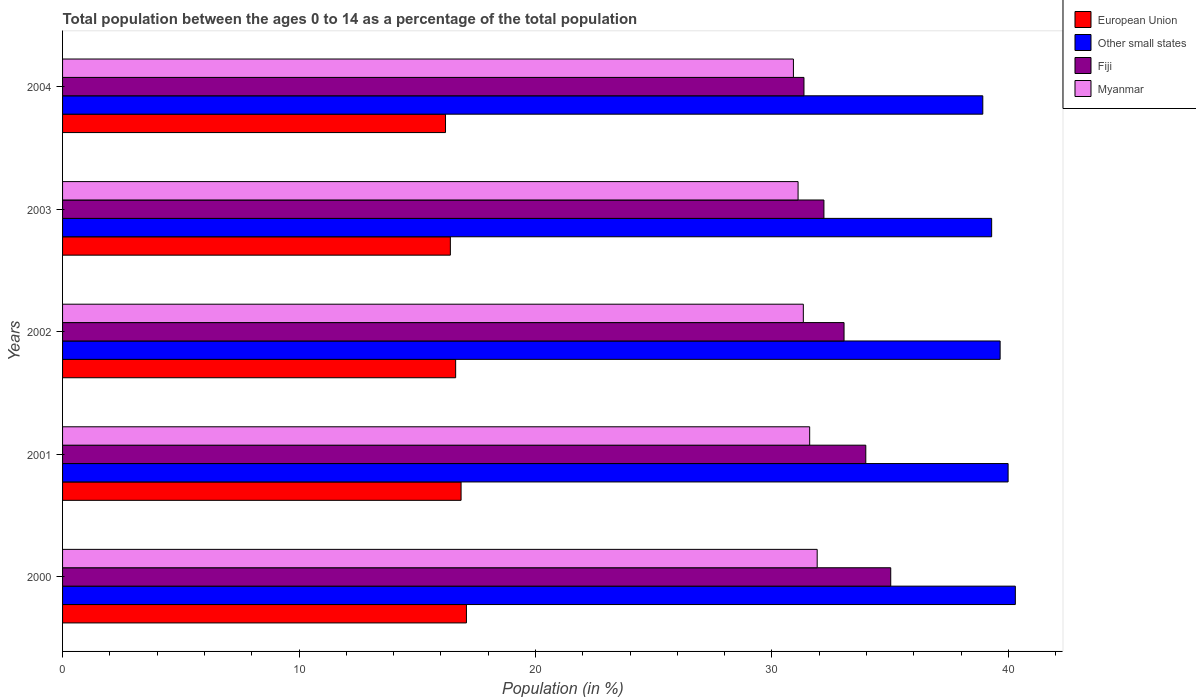
| Years | European Union | Other small states | Fiji | Myanmar |
 | --- | --- | --- | --- | --- |
 | 2000 | 17.1 | 40.3 | 35 | 31.9 |
 | 2001 | 16.9 | 40 | 34 | 31.6 |
 | 2002 | 16.6 | 39.7 | 33.1 | 31.3 |
 | 2003 | 16.4 | 39.3 | 32.2 | 31.1 |
 | 2004 | 16.2 | 38.9 | 31.4 | 30.9 |